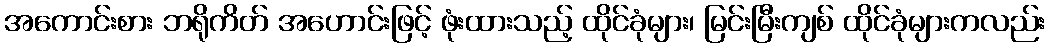
အကောင်းစား ဘရိုကိတ် အဟောင်းဖြင့် ဖုံးထားသည့် ထိုင်ခုံများ၊ မြင်းမြီးကျစ် ထိုင်ခုံများကလည်း